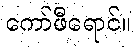
ကော်ဖီရောင်။